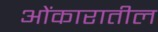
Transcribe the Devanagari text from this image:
ओंकारातील